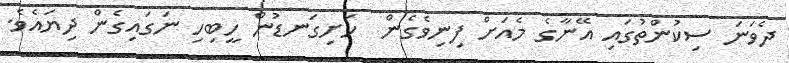
ދެވަނަ ސިކުންތުގައި އޭނާގެ މެއަށް ފިނިވެގެން  ހަށިގަނޑުން ހީބިހި ނަގައިގެން ދިޔައެވެ.